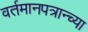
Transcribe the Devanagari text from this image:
वर्तमानपत्रान्च्या